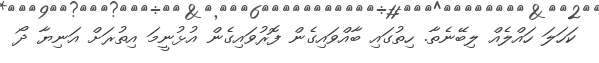
ކަހަލަ ހައްލެއް ލިބޭނެތާ. ހިތުގައި ބާއްވައިގެން ފޮރުވައިގެން އުޅުނީމަ އިތުރަށް އަނިޔާ ދޯ